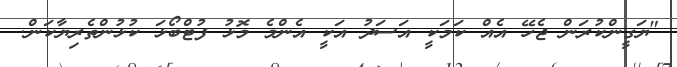
"ޔަގީންކުރަން ޖެހޭ އެއް ކަމަކީ އަސަދު އަކީ އެންމެ މޮޅު ފުޓްބޯޅަ ކުޅުންތެރިޔާކަން.